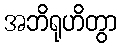
အဘိရုဟိတွာ